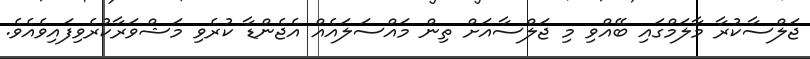
ޖަލްސާކުރާ މާލަމްގައި ބޭއްވި މި ޖަލްސާއަށް ތިން މައްސަލައެއް އެޖެންޑާ ކުރެވި މަޝްވަރާކުރެވިފައިވެއެވެ.